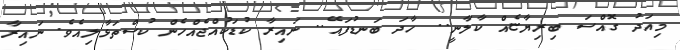
މިއަދު ގޮއްސަ ބިރިޔާޏެއް ކާލާނީ.. ހާދަ ބަނޑުފައޭ.. ނައިރާ ކުޑަކުއްޖެއްހެން ކުސްތަޅާލިއެވެ. ނައިރާ